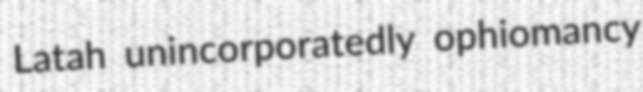
Latah unincorporatedly ophiomancy